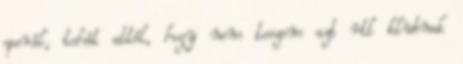
operál, tehát attól, hogy nem teszem azt rtl klubnak